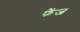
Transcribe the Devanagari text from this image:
फेंज